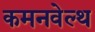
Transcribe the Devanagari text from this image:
कमनवेल्थ